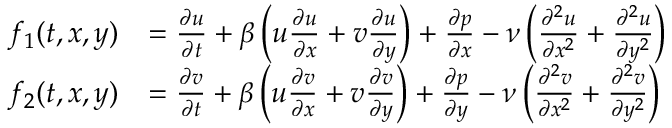
\begin{array} { r l } { f _ { 1 } ( t , x , y ) } & { = \frac { \partial u } { \partial t } + \beta \left( u \frac { \partial u } { \partial x } + v \frac { \partial u } { \partial y } \right) + \frac { \partial p } { \partial x } - \nu \left( \frac { \partial ^ { 2 } u } { \partial x ^ { 2 } } + \frac { \partial ^ { 2 } u } { \partial y ^ { 2 } } \right) } \\ { f _ { 2 } ( t , x , y ) } & { = \frac { \partial v } { \partial t } + \beta \left( u \frac { \partial v } { \partial x } + v \frac { \partial v } { \partial y } \right) + \frac { \partial p } { \partial y } - \nu \left( \frac { \partial ^ { 2 } v } { \partial x ^ { 2 } } + \frac { \partial ^ { 2 } v } { \partial y ^ { 2 } } \right) } \end{array}